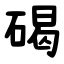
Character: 碣